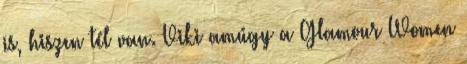
is, hiszen tél van. Viki amúgy a Glamour Women